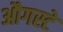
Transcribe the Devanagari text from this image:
औगस्टे